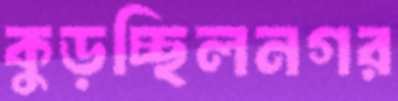
কুড়চ্ছিলনগর